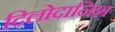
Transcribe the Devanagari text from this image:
दिलोदानिश